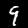
Label: 9